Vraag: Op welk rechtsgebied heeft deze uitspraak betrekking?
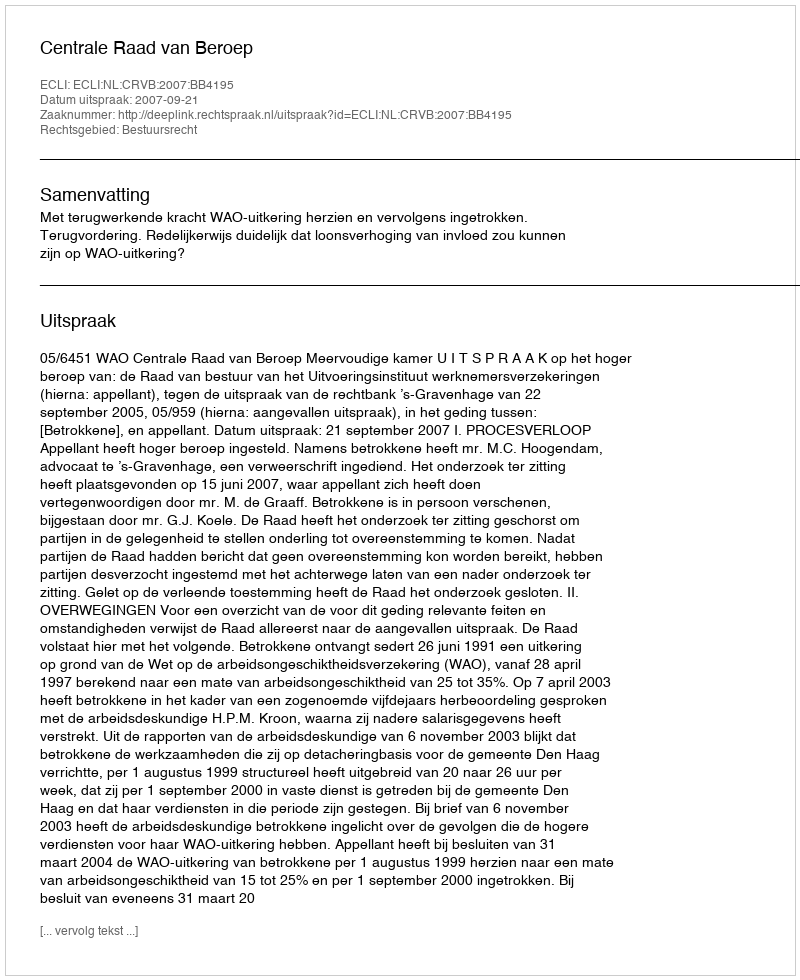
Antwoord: Bestuursrecht